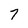
Character: 7